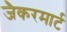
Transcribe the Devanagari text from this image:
जैकरमार्ट